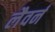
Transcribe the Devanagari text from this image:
लैवर्न